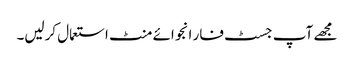
مجھے آپ جسٹ فار انجوائے منٹ استعمال کرلیں۔